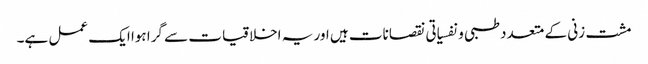
مشت زنی کے متعدد طبی و نفسیاتی نقصانات ہیں اور یہ اخلاقیات سے گرا ہوا ایک عمل ہے۔